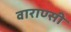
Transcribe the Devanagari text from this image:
वाराण्सी